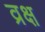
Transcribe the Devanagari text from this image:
व्रक्ष